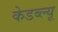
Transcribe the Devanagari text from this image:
केडब्ल्यू